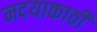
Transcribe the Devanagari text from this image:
नदयाकाठी